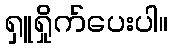
ရှူရှိုက်ပေးပါ။